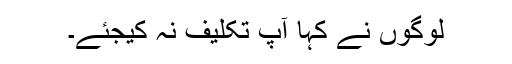
لوگوں نے کہا آپ تکلیف نہ کیجئے۔